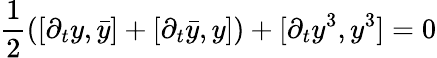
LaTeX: {\frac{1}{2}}([\partial_{t}y,\bar{y}]+[\partial_{t}\bar{y},y])+[\partial_{t}y^{3},y^{3}]=0